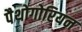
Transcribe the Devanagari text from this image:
पैथोगोरियन